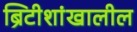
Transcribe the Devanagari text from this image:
ब्रिटीशांखालील